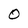
Character: 0